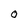
Character: 0